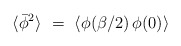
\begin{align*}\langle \bar{\phi}^2\rangle \,\, = \,\, \langle \phi(\beta/2) \, \phi(0)\rangle\end{align*}